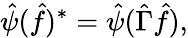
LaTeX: \hat{\psi}(\hat{f})^{*}=\hat{\psi}(\hat{\Gamma}\hat{f}),